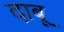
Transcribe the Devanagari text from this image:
दाबू